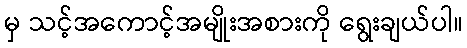
မှ သင့်အကောင့်အမျိုးအစားကို ရွေးချယ်ပါ။